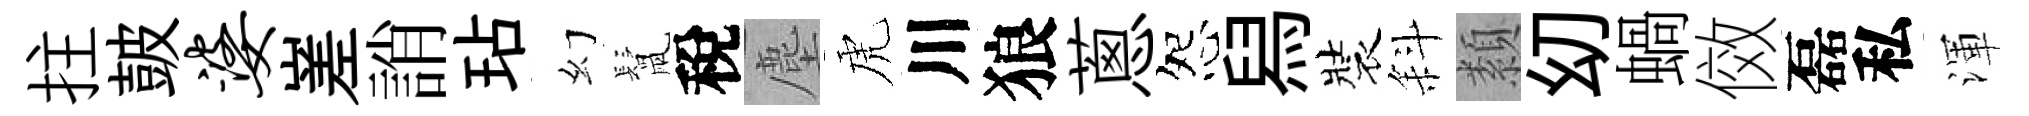
拄皷婆嵳誚玷幻鬛稅塵虎川狼蔥怨舄裝斜纇㓜蝸傚磊私渾